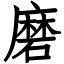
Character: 磨